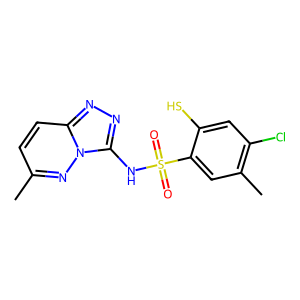
SMILES: Cc1ccc2nnc(NS(=O)(=O)c3cc(C)c(Cl)cc3S)n2n1
Inhibits HIV replication: No